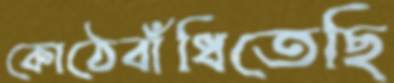
কোঠেবাঁধিতেছি